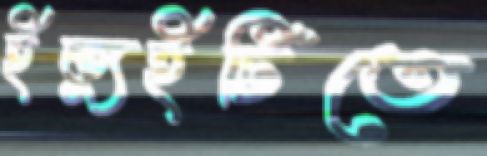
ইক্যুইটিতে